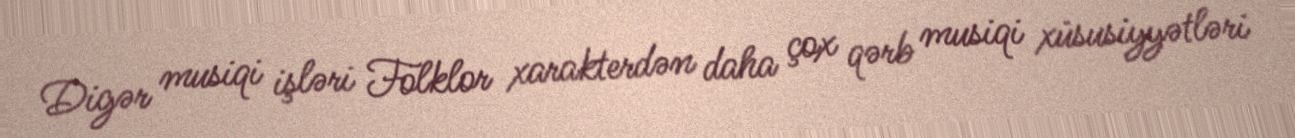
Digər musiqi işləri Folklor xarakterdən daha çox qərb musiqi xüsusiyyətləri